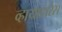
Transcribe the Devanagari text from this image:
व्हायादारेस